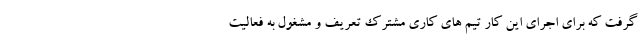
گرفت که برای اجرای این کار تیم های کاری مشترک تعریف و مشغول به فعالیت